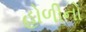
હોળીનો